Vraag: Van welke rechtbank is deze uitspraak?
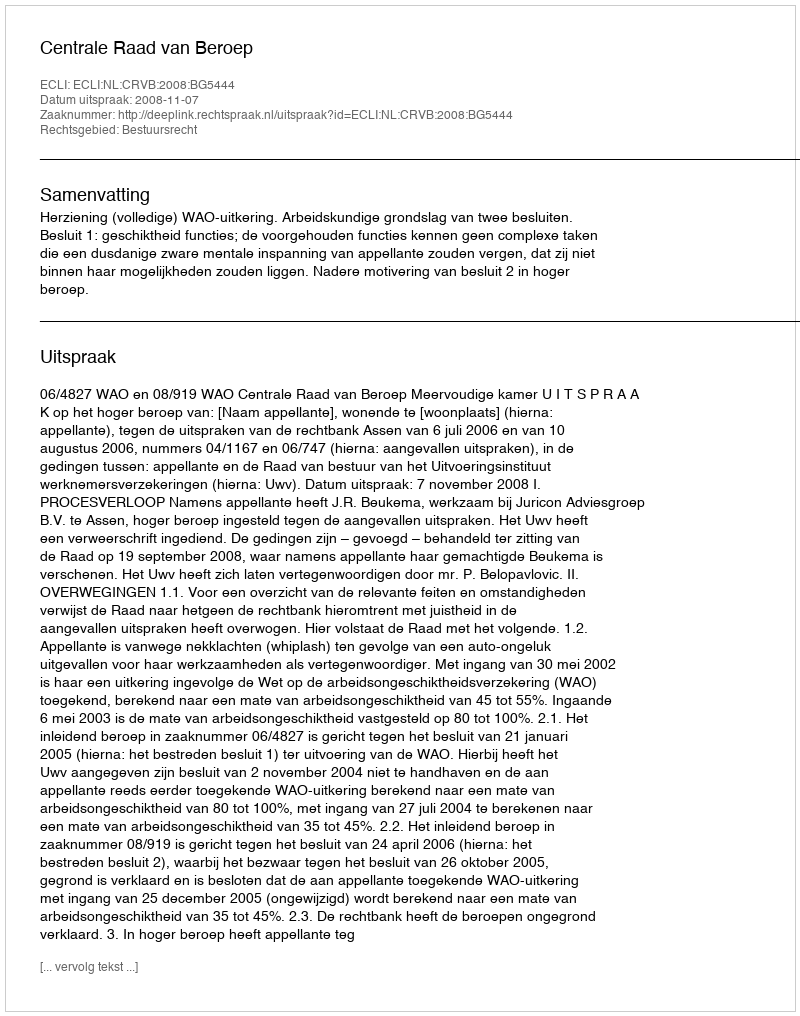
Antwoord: Centrale Raad van Beroep